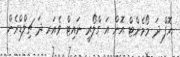
އޮފް ދަ މޯމެންޓް އޮން އަ ގްލޯރީ ނައިޓް ވެއަރ ދަ ޗިލްޑްރެން